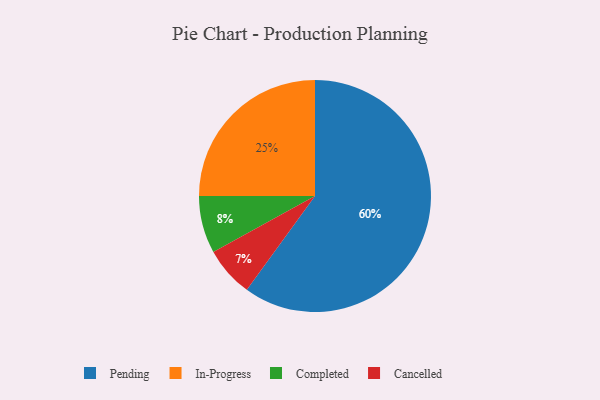
{"axis": {"x": "Category", "y": "Percentage"}, "legend": ["Cancelled", "Completed", "In-Progress", "Pending"], "data": [{"x": "Cancelled", "y": 7, "type": "Cancelled"}, {"x": "Completed", "y": 8, "type": "Completed"}, {"x": "In-Progress", "y": 25, "type": "In-Progress"}, {"x": "Pending", "y": 60, "type": "Pending"}]}